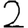
Digit: 2